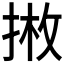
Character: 𱠇